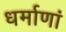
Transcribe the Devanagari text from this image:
धर्माणां